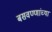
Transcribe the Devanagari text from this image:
बसवण्णांच्या